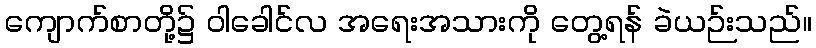
ကျောက်စာတို့၌ ဝါခေါင်လ အရေးအသားကို တွေ့ရန် ခဲယဉ်းသည်။